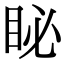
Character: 䀣